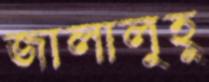
জালালুহু